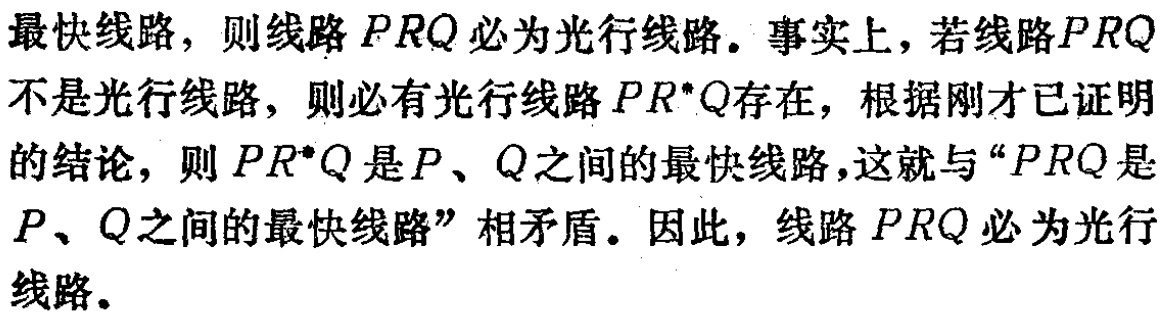
最快线路，则线路 \(PRQ\) 必为光行线路。事实上，若线路 \(PRQ\) 不是光行线路，则必有光行线路 \(PR^{*}Q\) 存在，根据刚才已证明的结论，则 \(PR^{*}Q\) 是 \(P\)、\(Q\) 之间的最快线路，这就与“\(PRQ\) 是 \(P\)、\(Q\) 之间的最快线路”相矛盾。因此，线路 \(PRQ\) 必为光行线路。